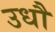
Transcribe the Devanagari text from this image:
उधौ